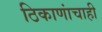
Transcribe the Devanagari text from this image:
ठिकाणांचाही